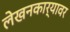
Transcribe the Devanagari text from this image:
लेखनकार्यावर